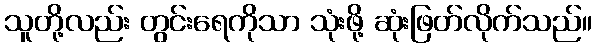
သူတို့လည်း တွင်းရေကိုသာ သုံးဖို့ ဆုံးဖြတ်လိုက်သည်။